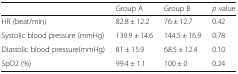
|  | Group A | Group B | p value |
 | --- | --- | --- | --- |
 | HR (beat/min) | 82.8 ± 12.2 | 76 ± 12.7 | 0.42 |
 | Systolic blood pressure (mmHg) | 139.9 ± 14.6 | 144.5 ± 16.9 | 0.78 |
 | Diastolic blood pressure(mmHg) | 81 ± 15.9 | 68.5 ± 12.4 | 0.10 |
 | SpO2 (%) | 99.4 ± 1.1 | 100 ± 0 | 0.24 |